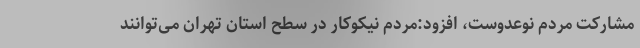
مشارکت مردم نوعدوست، افزود:مردم نیکوکار در سطح استان تهران می‌توانند